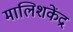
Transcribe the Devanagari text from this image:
मालिशकेंद्र